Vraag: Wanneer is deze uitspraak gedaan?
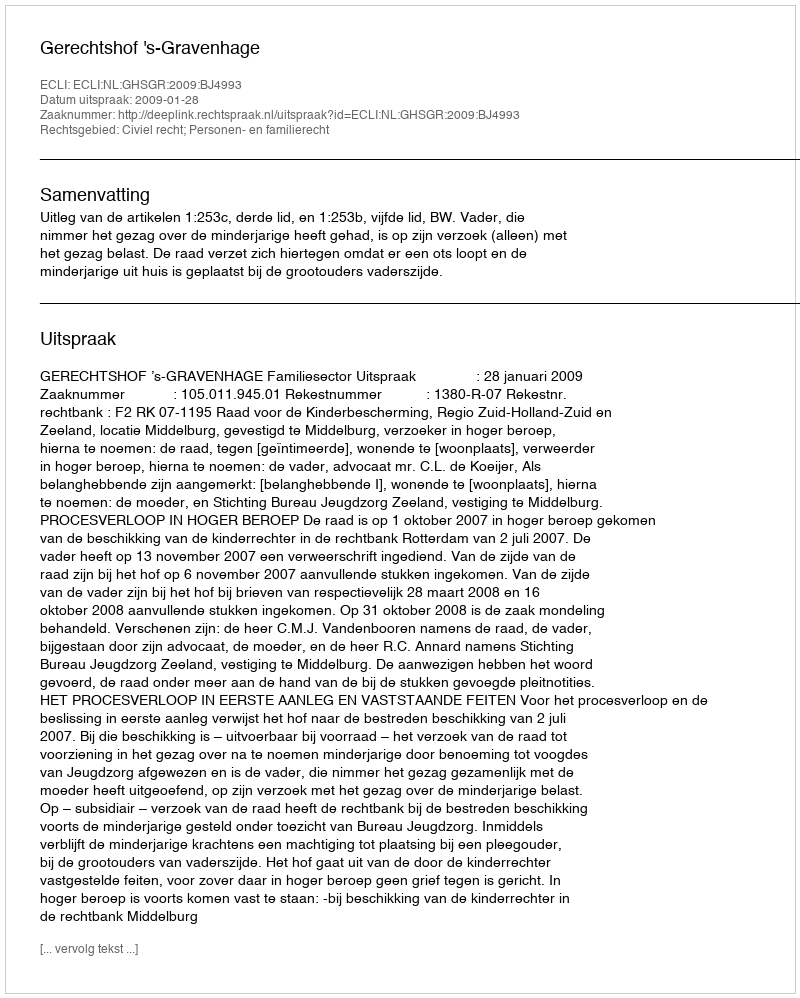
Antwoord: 2009-01-28